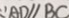
\because A D / / B C